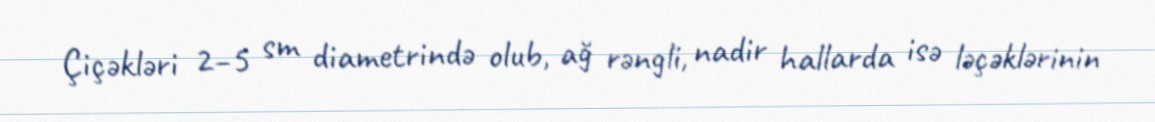
Çiçəkləri 2–5 sm diametrində olub, ağ rəngli, nadir hallarda isə ləçəklərinin